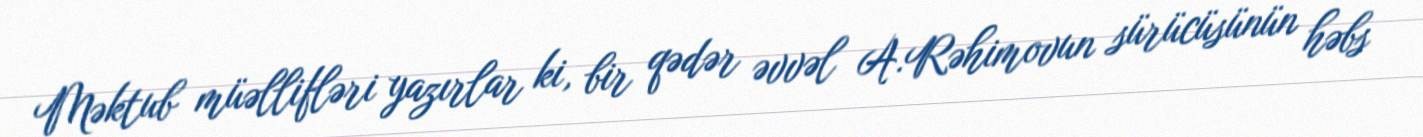
Məktub müəllifləri yazırlar ki, bir qədər əvvəl A.Rəhimovun sürücüsünün həbs